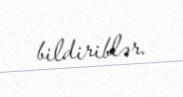
bildiriblər.